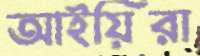
আইয়িরা